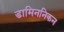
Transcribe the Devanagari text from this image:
डामिननिकन